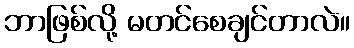
ဘာဖြစ်လို့ မတင်စေချင်တာလဲ။